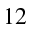
1 2